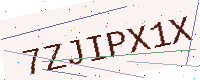
Text: 7ZJIPX1X